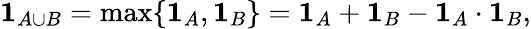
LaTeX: \mathbf{1}_{A\cup B}=\operatorname*{max}\{ {\mathbf{1}_{A},\mathbf{1}_{B}}\} =\mathbf{1}_{A}+\mathbf{1}_{B}-\mathbf{1}_{A}\cdot\mathbf{1}_{B},